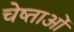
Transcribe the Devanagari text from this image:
चेष्ताओं